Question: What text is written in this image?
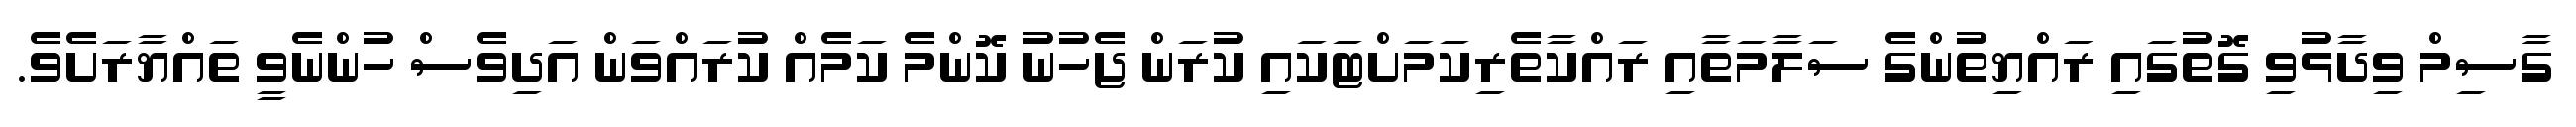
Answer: ގާސިމް ވިދާޅުވި ގޮތުގައި ރައްޔިތުންގެ ސަލާމަތާއި ރައްކާތެރިކަމަށްޓަކައި ކުރަން ޖެހުނު ކޮންމެ ކަމެއް ކުރައްވަން އަދިވެސް ހުންނެވީ ތައްޔާރަށެވެ.